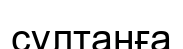
сұлтанға